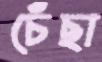
চেঁছা